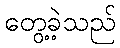
တွေ့ခဲ့သည်